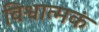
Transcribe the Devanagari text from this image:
विश्वात्मकं